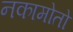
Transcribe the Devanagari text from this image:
नकामोतो